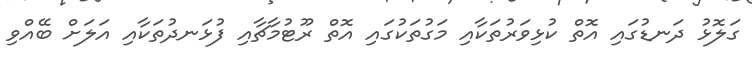
ގަލޮޅު ދަނޑުގައި އޮތް ކުޅިވަރުތަކާއި މަގުތަކުގައި އޮތް ރޫޓުމާޗާއި ފުޅަނދުތަކާއި އަލަށް ބޭއްވި